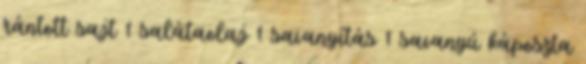
rántott sajt 1 salátaolaj 1 savanyítás 1 savanyú káposzta